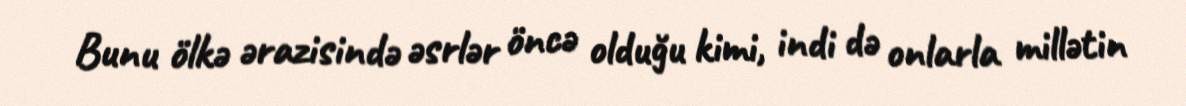
Bunu ölkə ərazisində əsrlər öncə olduğu kimi, indi də onlarla millətin